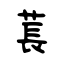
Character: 萇